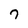
Character: 7